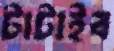
টাটাইব